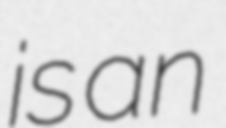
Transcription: is an